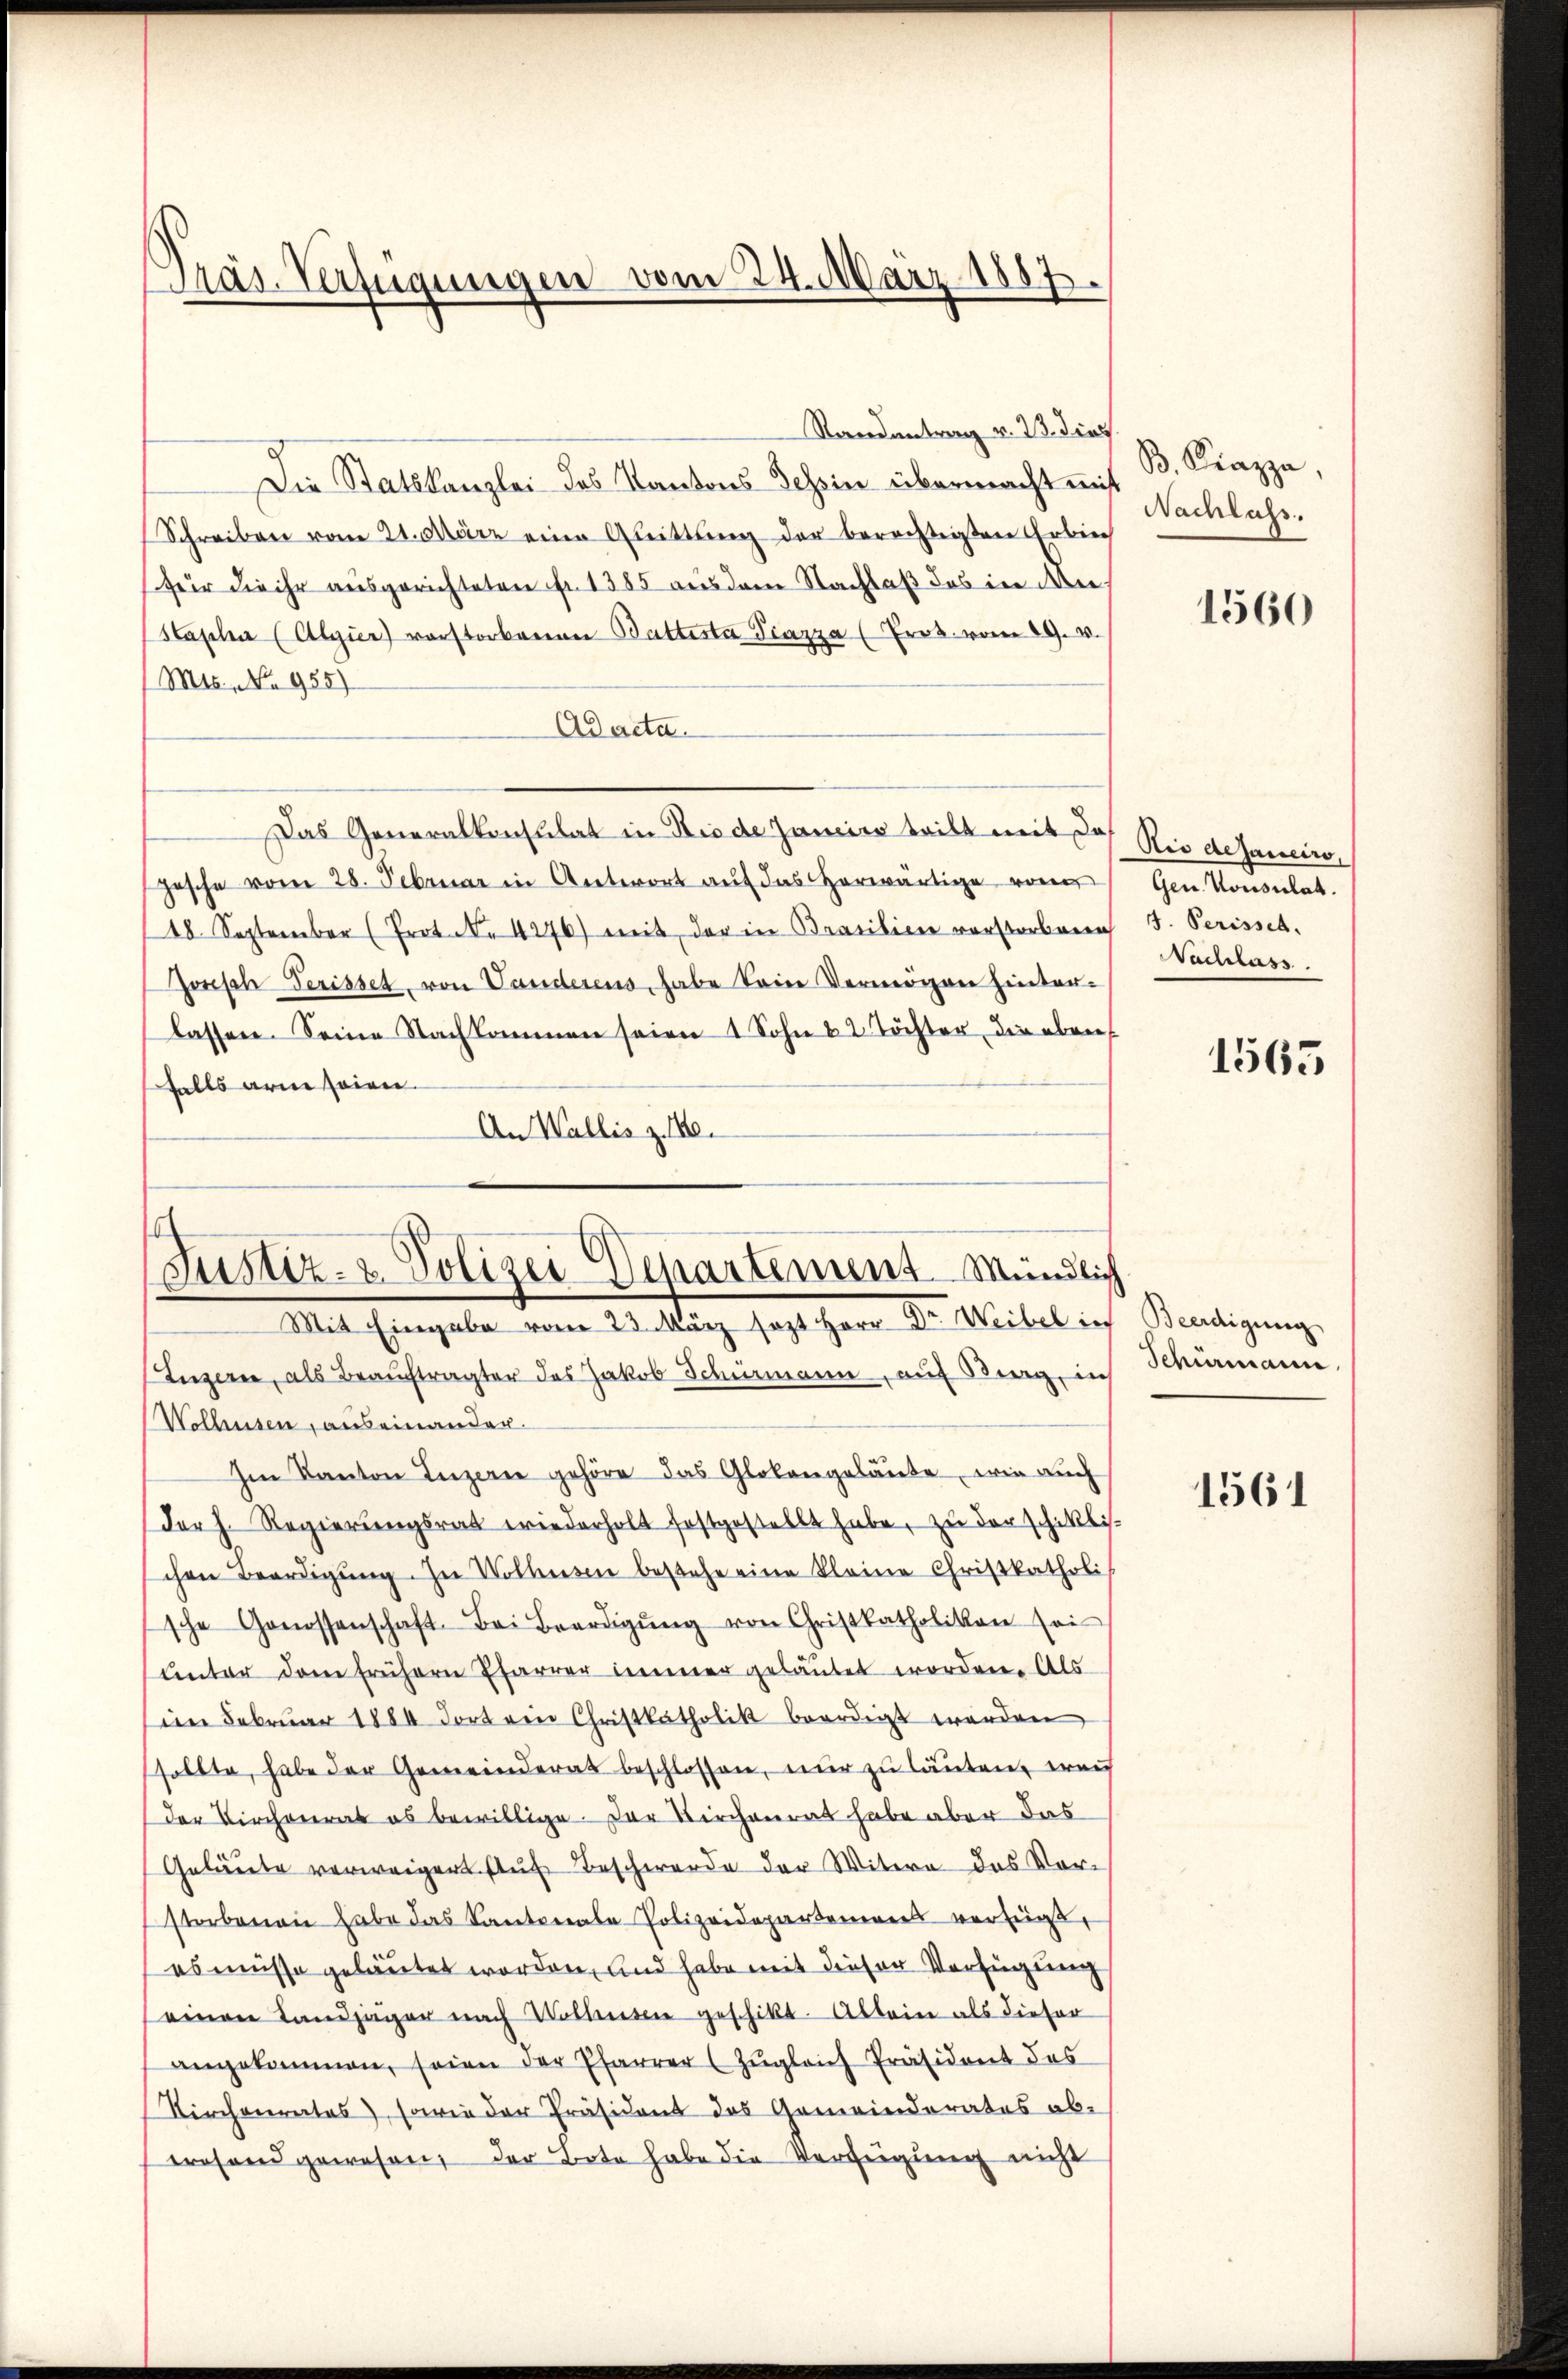
Präs. Verfügungen vom 24. März 1887

Justiz- & Polizei Departement Mündlich
Mit Eingabe vom 23. März sezt Herr Dr. Weibel in Beerdigung

Randantrag v. 23. dies
Die Statskanzlei des Kantons Tessin übermacht mit
Schreiben vom 21. März eine Quittung der berechtigten Erbrech
für die ihr ausgerichteten Fr. 1385 aus dem Nachlaß das in An¬
Hapha (Algier) vorstorbenen Battesta Piazza (Prok. vom 29. v.
(Mts. No. 955)
Ad acta.
Das Generalkonsulat in Rio de Janeiro teilt mit des Riedesaucire
hasche vom 28. Februar in Antwort aŭf das herwärtige von Gen. Konsulat.
18. September (Prot. N. 4276) mit der in Brasilien vorstorbene J. Perisset.
Zorisch Perisset, von Vanderens, habe kein Vermögen hinter-
lassen. Seine Nachkommen seien 1 Sohn & 2 Töchter, die eben
falls arm seien.
An Wallis z. 140.
Luzern, als Brauchtragter des Jakob Schumann, auf Berg, in Schiermann
Wolhusen, auseinander¬
Im Kanton Luzerne gehöre das Glokengelaute, wie auch
Der h. Regierŭngsrat wiederholt festgestellt habe, zu der schiklis-
chen Beerdigŭng. In Volkesen bestehe eine kleine Christkatholis
sche Genossenschaft. Bei Beerdigŭng von Christkatholikon sei
Unter dem frühern Pfarrer immer gelautet worden. Als
i Februar 1884 dort ein Christkatholik beerdigt werden
sollte, habe der Gemeinderat beschlossen, nur zu lauten, wei
der Kirchenrat es bewillige. Der Kirchenrat habe aber das
Geläute verweigert auf Beschwerde der Witwe das Vorstorbenen habe das Kantonale Polizeidepartemens verfügt,
es müsse gelautet worden, und habe mit dieser Verfügung
(einen Landjäger nach Volkesen geschikt. Allein als dieser
angekommen, seien der Pfarrer (Zŭgleich Präsident des
Kirchenrates, sowie der Präsident das Gemeinderates ab-
erosend gewesen, der Bote habe die Verfügung nicht

B. Kiazza,
Nachlass.

1560

Nachlass

1565

1561